Report of the Municipal Commissioner on the plague in Bombay for the year ending 31st May... - Volume 1
Disease focus: Plague
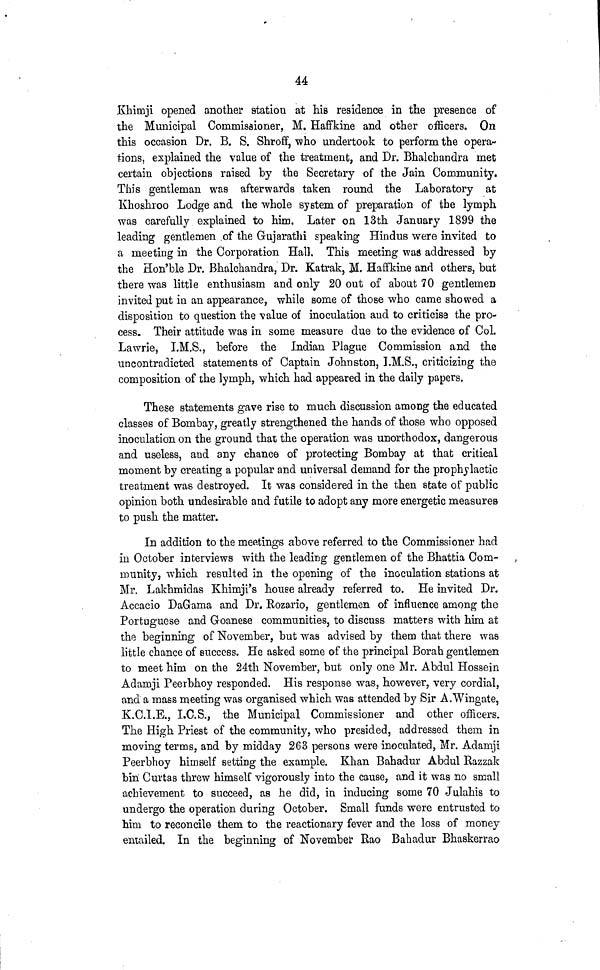
44
Khimji opened another station at his residence in the presence of
the Municipal Commissioner, M. Haffkine and other officers. On
this occasion Dr. B. S. Shroff, who undertook to perform the opera-
tions, explained the value of the treatment, and Dr. Bhalchandra met
certain objections raised by the Secretary of the Jain Community.
This gentleman was afterwards taken round the Laboratory at
Khoshroo Lodge and the whole system of preparation of the lymph
was carefully explained to him. Later on 13th January 1899 the
leading gentlemen of the Gujarathi speaking Hindus were invited to
a meeting in the Corporation Hall. This meeting was addressed by
the Hon'ble Dr. Bhalchandra, Dr. Katrak, M. Haffkine and others, but
there was little enthusiasm and only 20 out of about 70 gentlemen
invited put in an appearance, while some of those who came showed a
disposition to question the value of inoculation and to criticise the pro-
cess. Their attitude was in some measure due to the evidence of Col.
Lawrie, I.M.S., before the Indian Plague Commission and the
uncontradicted statements of Captain Johnston, I.M.S., criticizing the
composition of the lymph, which had appeared in the daily papers.
These statements gave rise to much discussion among the educated
classes of Bombay, greatly strengthened the hands of those who opposed
inoculation on the ground that the operation was unorthodox, dangerous
and useless, and any chance of protecting Bombay at that critical
moment by creating a popular and universal demand for the prophylactic
treatment was destroyed. It was considered in the then state o F public
opinion both undesirable and futile to adopt any more energetic measures
to push the matter.
In addition to the meetings above referred to the Commissioner had
in October interviews with the leading gentlemen of the Bhattia Com-
munity, which resulted in the opening of the inoculation stations at
Mr. Lakhmidas Khimji's house already referred to. He invited Dr.
Accacio DaGama and Dr. Rozario, gentlemen of influence among the
Portuguese and Goanese communities, to discuss matters with him at
the beginning of November, but was advised by them that there was
little chance of success. He asked some of the principal Borah gentlemen
to meet him on the 24th November, but only one Mr. Abdul Hossein
Adamji Peerbhoy responded. His response was, however, very cordial,
and a mass meeting was organised which was attended by Sir A.Wingate,
K.C.I.E., I.C.S., the Municipal Commissioner and other officers.
The High Priest of the community, who presided, addressed them in
moving terms, and by midday 263 persons were inoculated, Mr. Adamji
Peerbhoy himself setting the example. Khan Bahadur Abdul Razzak
bin Curtas threw himself vigorously into the cause, and it was no small
achievement to succeed, as he did, in inducing some 70 Julahis to
undergo the operation during October. Small funds were entrusted to
him to reconcile them to the reactionary fever and the loss of money
entailed. In the beginning of November Rao Bahadur Bhaskerrao